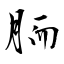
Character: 胹